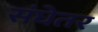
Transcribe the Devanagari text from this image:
संघेतर